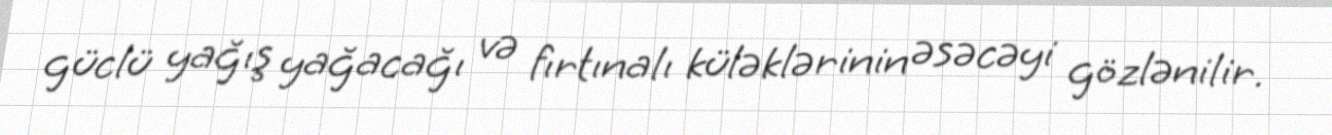
güclü yağış yağacağı və fırtınalı küləklərinin əsəcəyi gözlənilir.